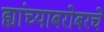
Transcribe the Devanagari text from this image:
ह्यांच्याबरोबरचे